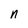
Character: n